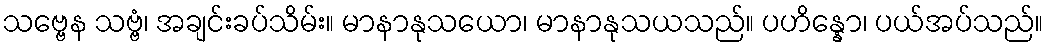
သဗ္ဗေန သဗ္ဗံ၊ အချင်းခပ်သိမ်း။ မာနာနုသယော၊ မာနာနုသယသည်။ ပဟိန္နော၊ ပယ်အပ်သည်။